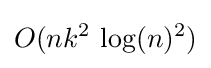
O(nk^{2}\,\log(n)^{2})